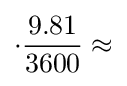
\cdot {\frac {9.81}{3600}}\approx